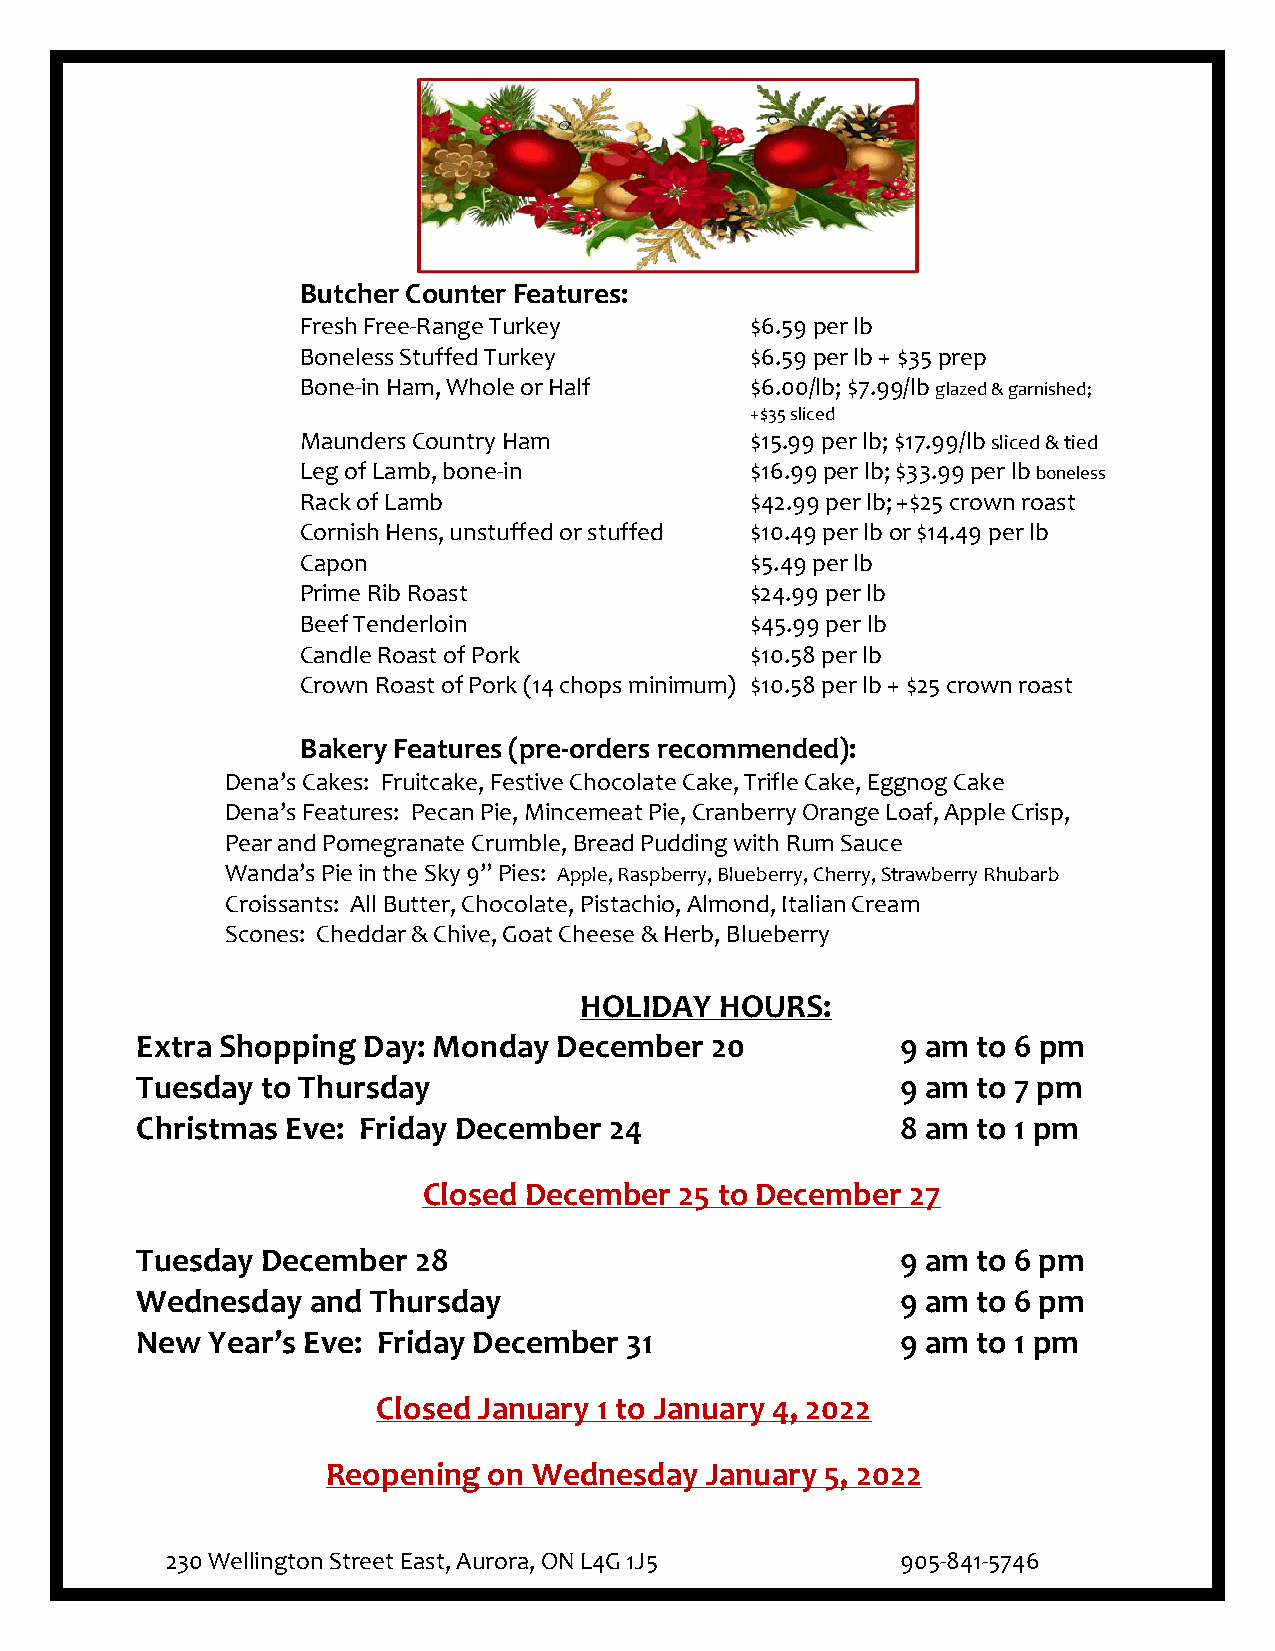
Butcher Counter Features:
 Fresh Free-Range Turkey       $6.59 per lb
 Boneless Stuffed Turkey       $6.59 per lb + $35 prep
 Bone-in Ham, Whole or Half    $6.00/lb; $7.99/lb glazed & garnished;
 +$35 sliced
 Maunders Country Ham          $15.99 per lb; $17.99/lb sliced & tied
 Leg of Lamb, bone-in          $16.99 per lb; $33.99 per lb boneless
 Rack of Lamb                  $42.99 per lb; +$25 crown roast
 Cornish Hens, unstuffed or stuffed $10.49 per lb or $14.49 per lb
 Capon                         $5.49 per lb
 Prime Rib Roast               $24.99 per lb
 Beef Tenderloin               $45.99 per lb
 Candle Roast of Pork          $10.58 per lb
 Crown Roast of Pork (14 chops minimum) $10.58 per lb + $25 crown roast
 Bakery Features (pre-orders recommended):
 Dena’s Cakes: Fruitcake, Festive Chocolate Cake, Trifle Cake, Eggnog Cake
 Dena’s Features: Pecan Pie, Mincemeat Pie, Cranberry Orange Loaf, Apple Crisp,
 Pear and Pomegranate Crumble, Bread Pudding with Rum Sauce
 Wanda’s Pie in the Sky 9” Pies: Apple, Raspberry, Blueberry, Cherry, Strawberry Rhubarb
 Croissants: All Butter, Chocolate, Pistachio, Almond, Italian Cream
 Scones: Cheddar & Chive, Goat Cheese & Herb, Blueberry
 HOLIDAY   HOURS:
 Extra Shopping Day: Monday  December  20           9 am to 6 pm
 Tuesday to Thursday                                9 am to 7 pm
 Christmas Eve: Friday December 24                  8 am to 1 pm
 Closed December  25 to December 27
 Tuesday December  28                               9 am to 6 pm
 Wednesday   and Thursday                           9 am to 6 pm
 New  Year’s Eve: Friday December 31                9 am to 1 pm
 Closed January 1 to January 4, 2022
 Reopening on Wednesday   January 5, 2022
 230 Wellington Street East, Aurora, ON L4G 1J5   905-841-5746